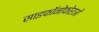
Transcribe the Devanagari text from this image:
साइफॉनोफोराओं